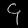
Digit: ၄